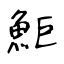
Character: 鮔